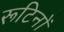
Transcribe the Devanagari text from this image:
रूटिनों